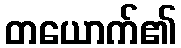
တယောက်၏